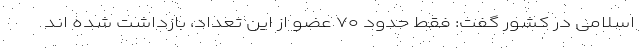
اسلامی در کشور گفت: فقط حدود ۷۰ عضو از این تعداد، بازداشت شده اند